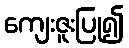
ကျေးဇူးပြု၍